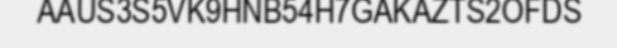
AAUS3S5VK9HNB54H7GAKAZTS2OFDS